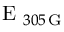
\textrm { E } _ { 3 0 5 \, \mathrm { G } }